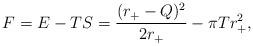
LaTeX: \begin{align*}F = E - T S = {(r_+-Q)^2\over 2r_+} - \pi T r_+^2, \end{align*}